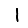
Digit: 1